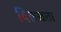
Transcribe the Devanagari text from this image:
विलखता